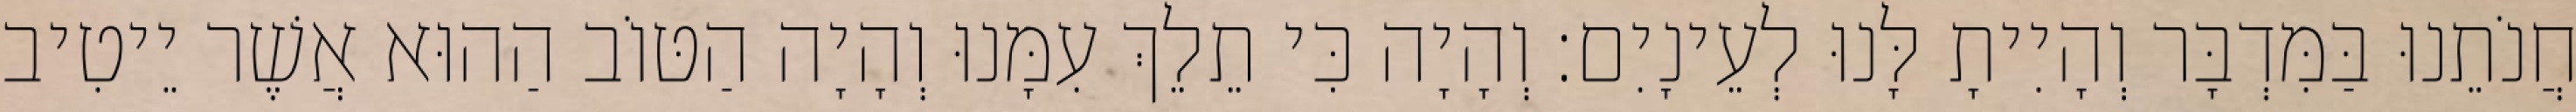
חֲנֹתֵנוּ בַּמִּדְבָּר וְהָיִיתָ לָּנוּ לְעֵינָיִם׃ וְהָיָה כִּי תֵלֵךְ עִמָּנוּ וְהָיָה הַטּוֹב הַהוּא אֲשֶׁר יֵיטִיב